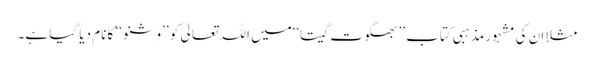
مثلاََ ان کی مشہور مذہبی کتاب ’’بھگوَت گیتا‘‘میں اللہ تعالیٰ کو ’’وِشنو ‘‘ کا نام دیا گیا ہے۔